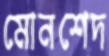
মোনশেদ